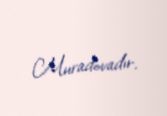
Muradovadır.